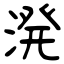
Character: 溌